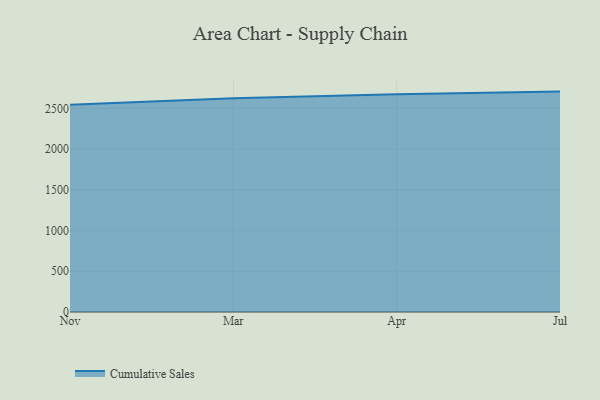
{"axis": {"x": "Month", "y": "Waste Production (Tons)"}, "legend": ["Cumulative Sales"], "data": [{"x": "Nov", "y": 2544.9, "type": "Cumulative Sales"}, {"x": "Mar", "y": 2625.2, "type": "Cumulative Sales"}, {"x": "Apr", "y": 2675.0, "type": "Cumulative Sales"}, {"x": "Jul", "y": 2706.1, "type": "Cumulative Sales"}]}